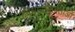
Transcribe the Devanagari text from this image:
संविधाननिर्माताओं